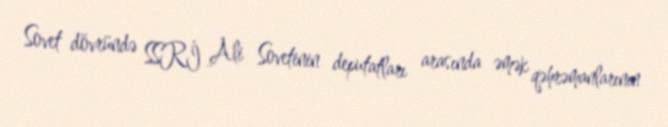
Sovet dövründə SSRİ Ali Sovetinin deputatları arasında əmək qəhrəmanlarının